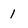
Character: 1